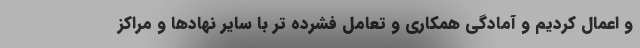
و اعمال کردیم و آمادگی همکاری و تعامل فشرده تر با سایر نهادها و مراکز